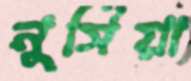
নুর্সিয়া